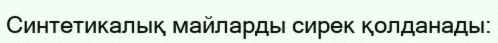
Синтетикалық майларды сирек қолданады: